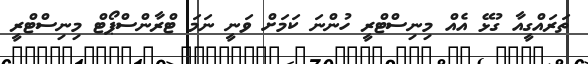
ތަރައްގީއާ ގުޅޭ އެއް މިނިސްޓްރީ ހުންނަ ކަމަށް ވަނީ ނަމަ ޓްރާންސްޕޯޓް މިނިސްޓްރީ